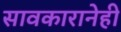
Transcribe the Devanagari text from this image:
सावकारानेही